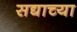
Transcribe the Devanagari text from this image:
सद्याच्या